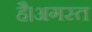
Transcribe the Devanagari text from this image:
है।अगस्त